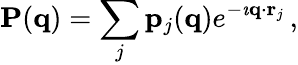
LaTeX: {\mathbf P}({\mathbf q})=\sum_{j}{\mathbf p}_{j}({\mathbf q})e^{-\imath{\mathbf q}\cdot{\mathbf r}_{j}}\, ,